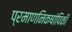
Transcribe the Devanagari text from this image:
प्रमाणनिकषांपिकी